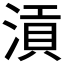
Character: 𣹟